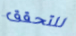
للتحقق